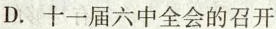
D.十一届六中全会的召开